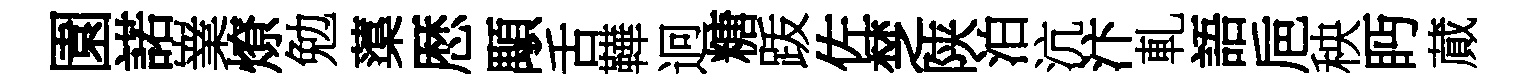
園諾嶪燎勉蕖厯顒舌鞾迥糖䟦佐椘陕泊沆汴軋語巵秧眄蕆